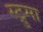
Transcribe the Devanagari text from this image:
स्ट्रुमा